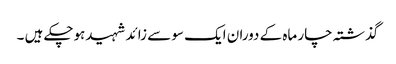
گذشتہ چار ماہ کے دوران ایک سو سے زائد شہیدہوچکے ہیں ۔